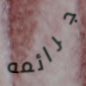
جرائمه